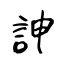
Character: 訷